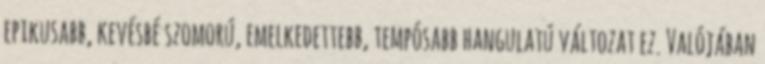
epikusabb, kevésbé szomorú, emelkedettebb, tempósabb hangulatú változat ez. Valójában